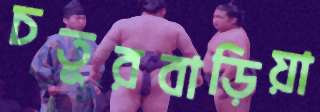
চতুরবাড়িয়া